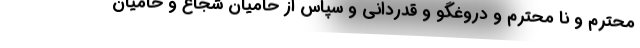
محترم و نا محترم و دروغگو و قدردانی و سپاس از حامیان شجاع و حامیان